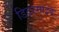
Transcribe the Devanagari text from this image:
डिटरमाइंड